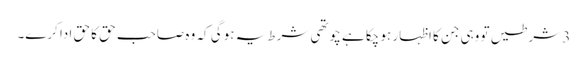
3 شرطیں تو وہی جن کا اظہار ہو چکا ہے چوتھی شرط یہ ہوگی کہ وہ صاحب حق کا حق ادا کرے۔